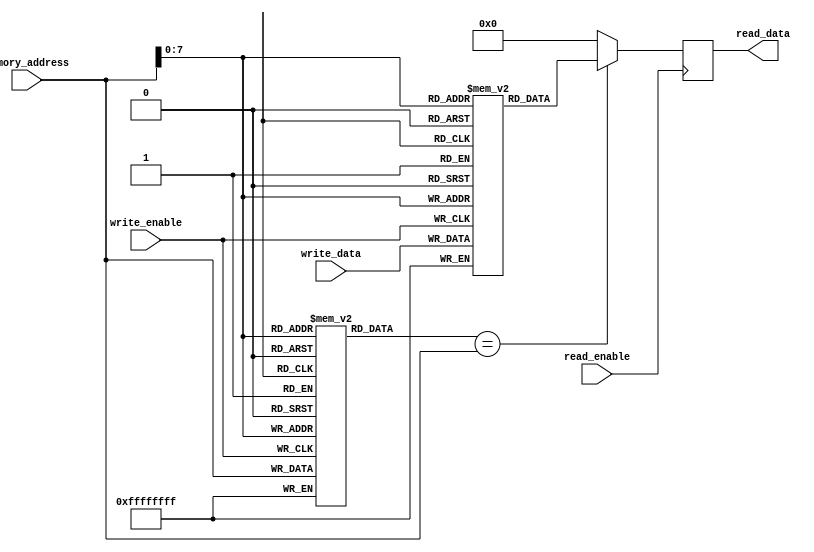
module cache_memory (
    input wire [31:0] memory_address,
    input wire [31:0] write_data,
    input wire write_enable,
    input wire read_enable,
    output reg [31:0] read_data
);

reg [31:0] tag_memory [0:255]; // tag memory with 256 entries
reg [31:0] data_memory [0:255]; // data memory with 256 entries

always @ (posedge write_enable)
begin
    tag_memory[memory_address[7:0]] <= memory_address;
    data_memory[memory_address[7:0]] <= write_data;
end

always @ (posedge read_enable)
begin
    if (tag_memory[memory_address[7:0]] == memory_address)
        read_data <= data_memory[memory_address[7:0]];
    else
        read_data <= 32'h00000000; // data not found, return 0
end

endmodule